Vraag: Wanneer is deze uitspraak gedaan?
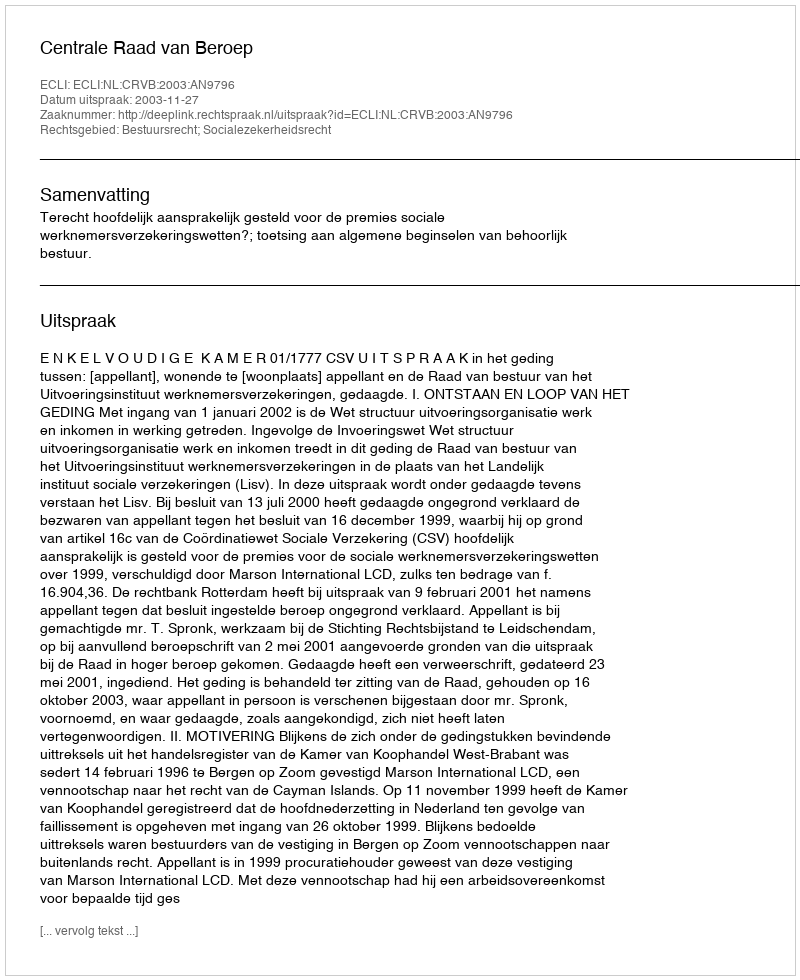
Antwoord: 2003-11-27